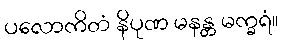
ပလောကိတံ နိပုဏ မနန္တ မက္ခရံ။